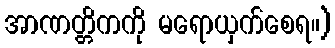
အာဏတ္တိကကို မရောယှက်စေရ။)